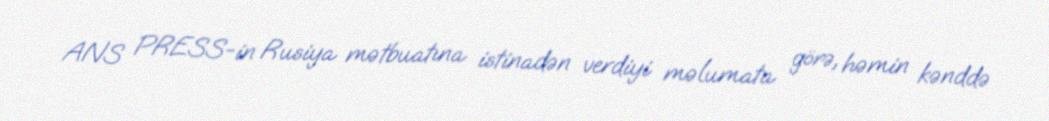
ANS PRESS-in Rusiya mətbuatına istinadən verdiyi məlumata görə, həmin kənddə